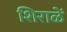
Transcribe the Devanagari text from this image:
शिराळें